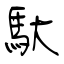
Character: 馱